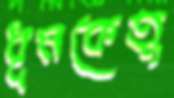
ধূমকেতুু